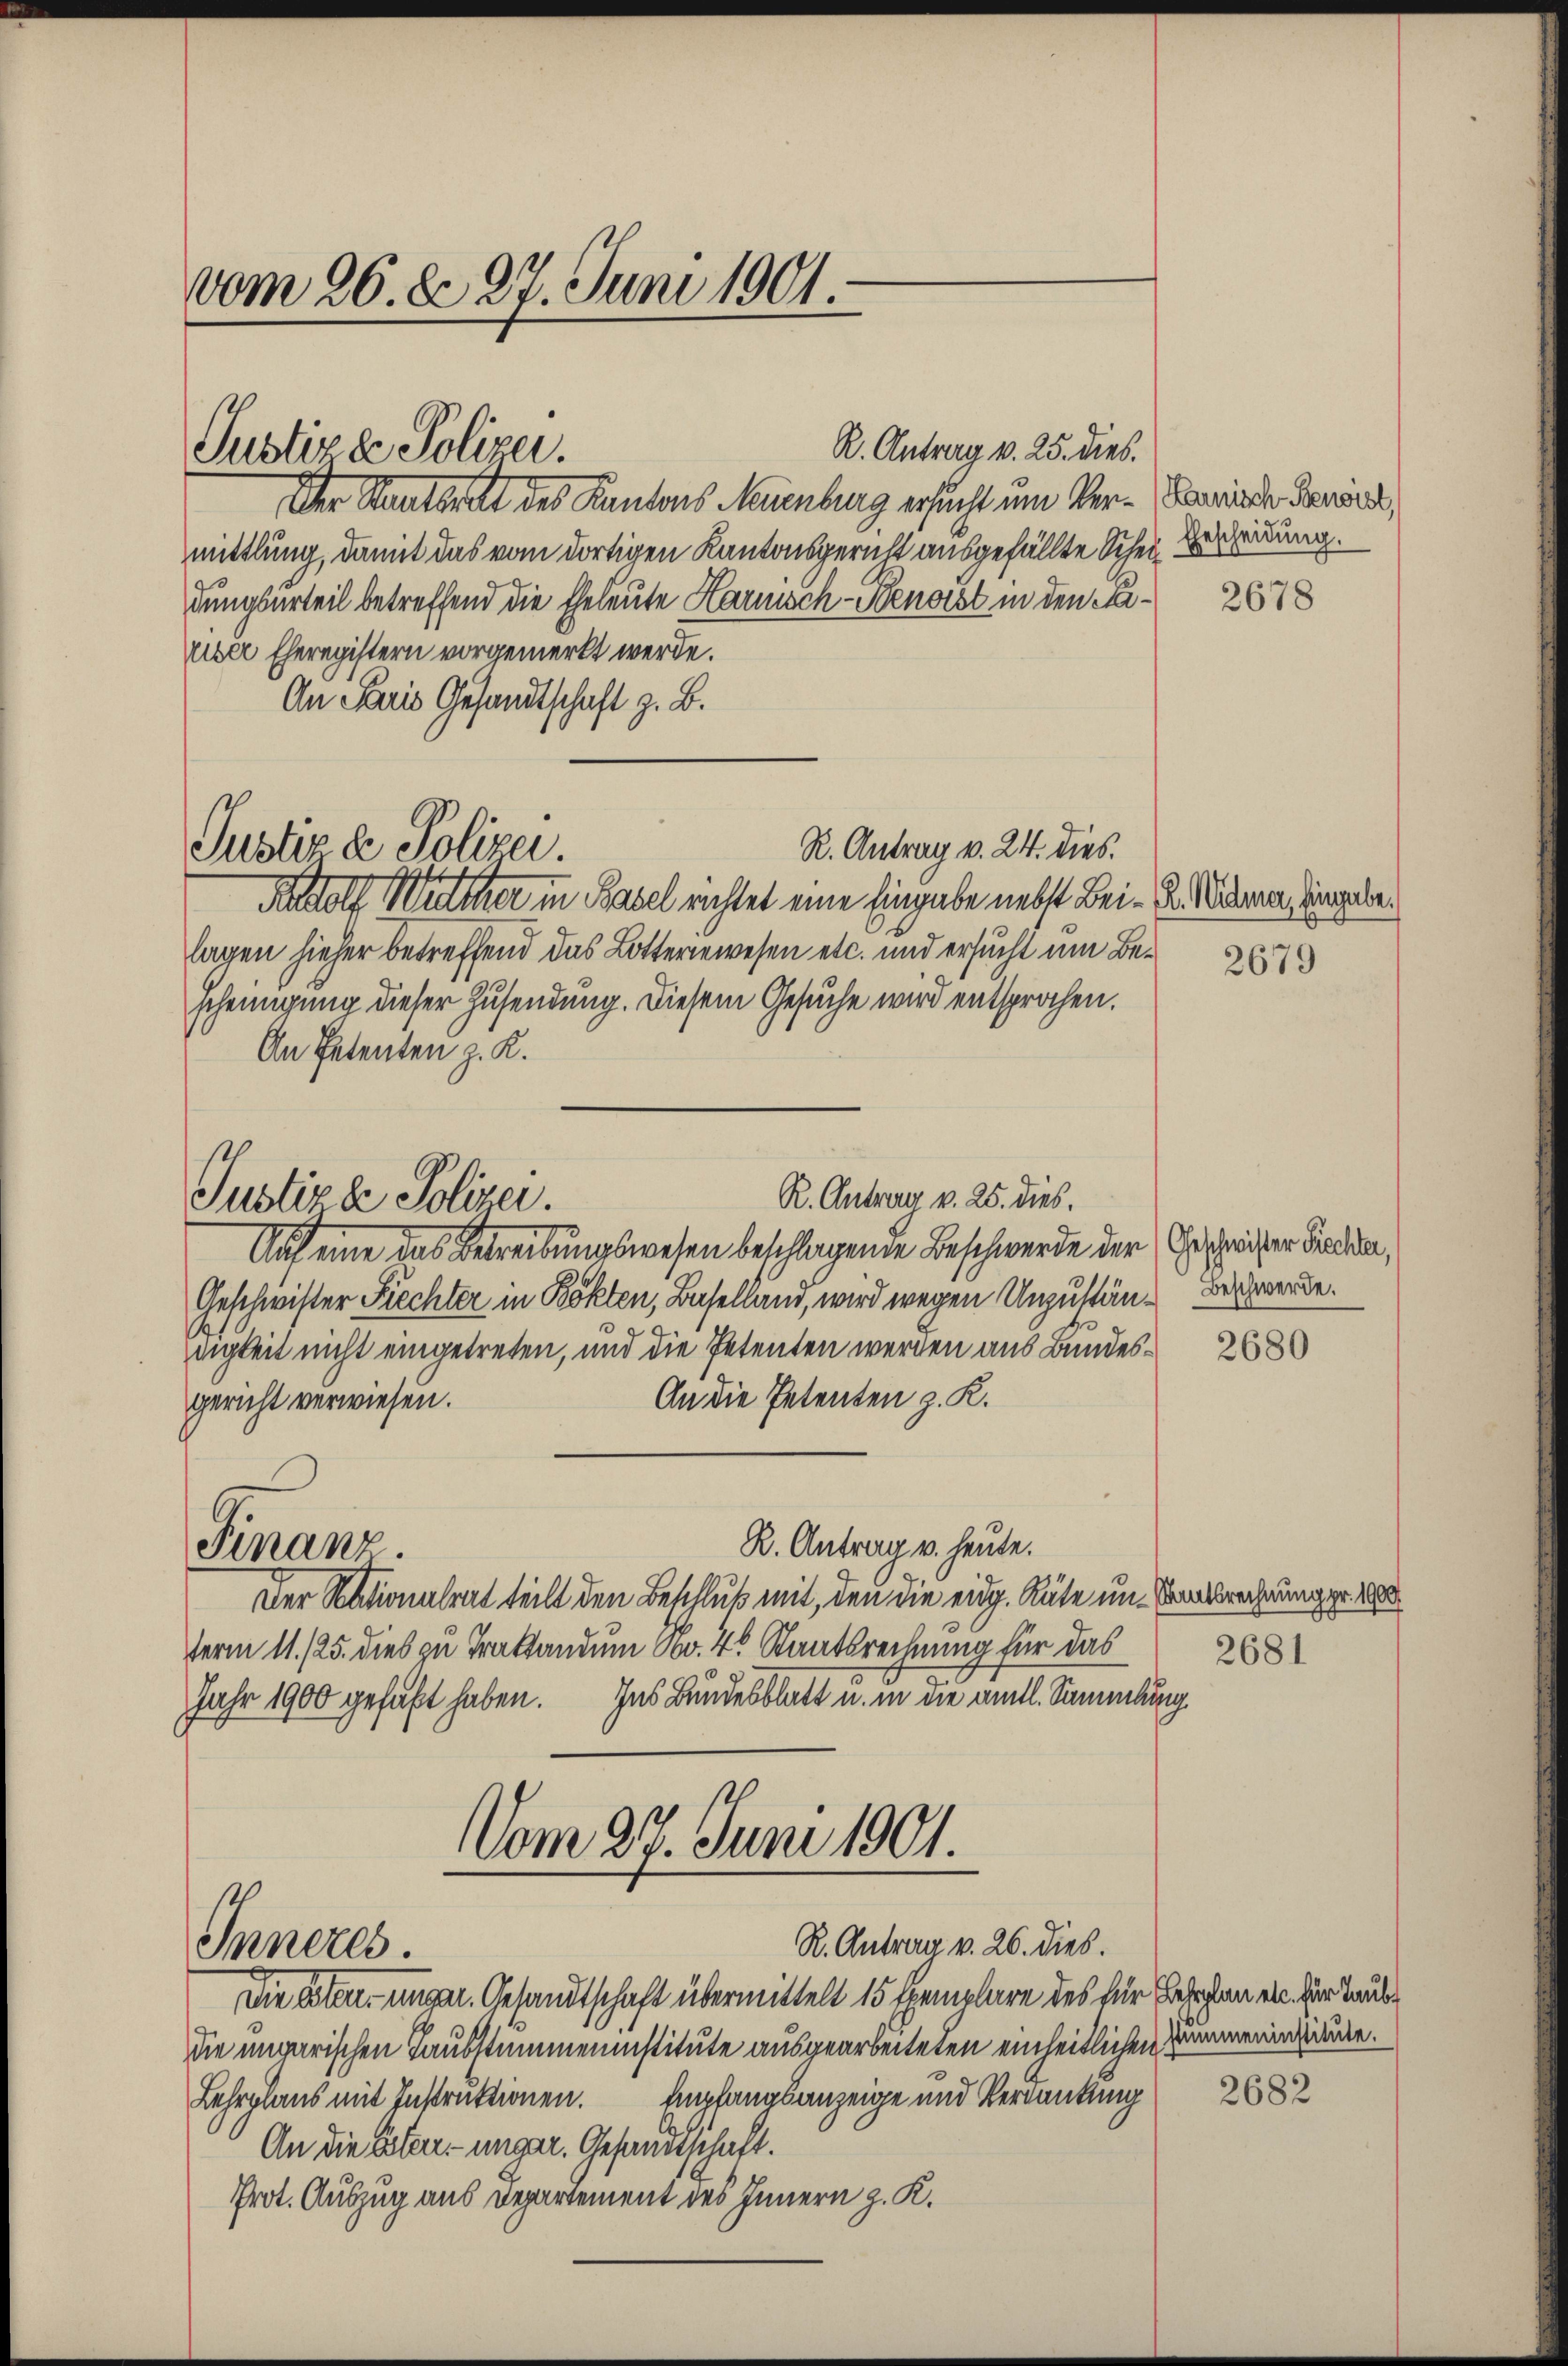
vom 26. d. 27. Juni 1901.

Justizde Polizei.

Justiz & Polizei.

R. Antrag v. 25. dies.
Der Staatsrat des Kantons Mumbung ersucht um Ver-Friede Konser
mittlung, damit das vom dortigen Kantonsgericht ausgefällte Schein Beredung.
dungsurteil betreffend die Eheleute Harnisch-Benorst in den Faüber Eheregistern vorgemerkt werde.
An Paris Gesandtschaft z. B.
R. Antrag v. 24. dies.
Radolf Walther in Basel richtet eine Eingabe nebst Bei - u. Wenn Eingabe.
lagen hieher betreffend das Lotteriewesen etc. und ersucht um Bescheinigung dieser Zusendung. Diesem Gesuche wird entsprochen.
An Petenten z. K.
R. Antrag v. 25. dies.
Justiz de Polizei.
Auf eine das Betreibungswesen beschlagende Beschwerde der Geschreiter Freude,
Geschwister Prechter in Bökten, Baselland, wird wegen Unzustän- Beschwerde.
digkeit nicht eingetreten, und die Petenten werden aus Bundes¬
An die Petenten z. K.
gericht verwiesen.
R. Antrag v. heute.
Finanz.
Der Nationalrat teilt den Beschluß mit, den die eidg. Räte im Sanatsrechnung pr. 10
term 11./25. dies zu Traktandum No. 4. Staatsrechnung für das
Jahr 1900 gefaßt haben. Ins Bundesblatt u. in die amtl. Sammlun

Vom 27. Juni 1901.
R. Antrag v. 26. dies.
Inneres.
Die Elter unger. Gesandtschaft übermittelt 15 Exemplare des für Behagen ein. Der Taub¬

die ungarischen Taubstummeninstitute ausgearbeiteten einheitlichen Zimmerin zurücke.
Lehrplaus mit Instruktionen. Empfangsanzeige und Verdankung
An die Eleer unger. Gesandtschaft.
Prot. Auszug aus Departement des Innern z. K.

2678

2679

2680

2681

2682